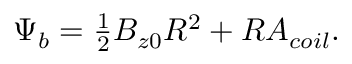
\begin{array} { r } { \Psi _ { b } = \frac { 1 } { 2 } B _ { z 0 } R ^ { 2 } + R A _ { c o i l } . } \end{array}